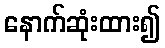
နောက်ဆုံးထား၍